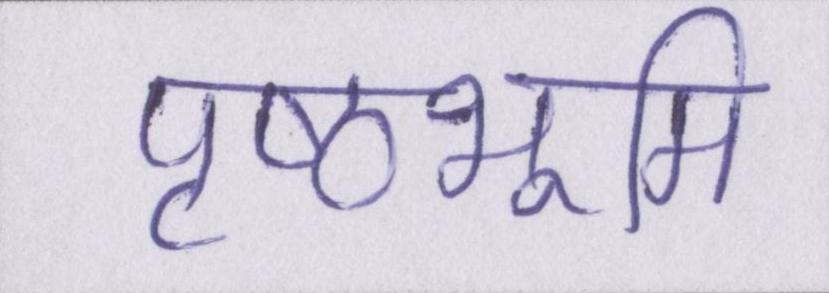
पृष्ठभूमि